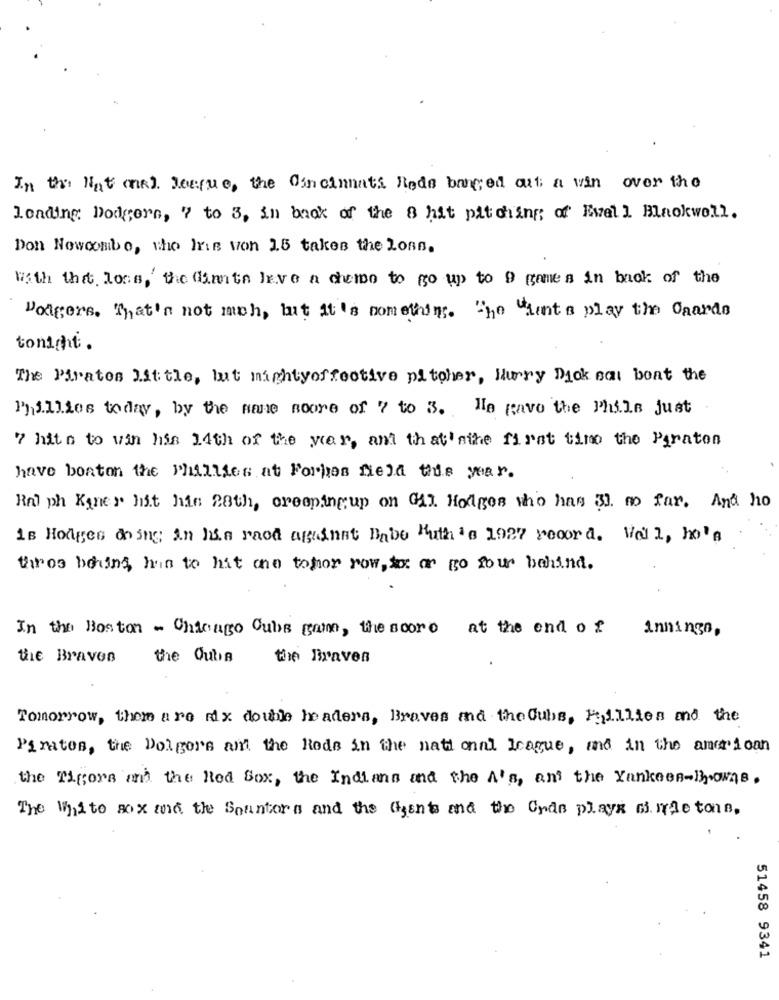
In the Hat mal. Jeeque, the Cincinnati Reds banged out a win over the
Lending Dodgers, 7 to 3, in back of the 8 hit pitching; of Ewell Blackwell.
Don Nowcombo, who his von 15 takes the Loss.
With the loss, the dimte leve a demo to go up to 9 games in back of the
Volgers. That's not mah, but it's something. The "Ments play the Gaards
tonight.
The Pirates little, but mightyeffective pitcher, Hurry Dick sat boat the
Phillies today, by the name score of 7 to 3. Ha navo the Phils just
7 hits to win his 14th of the year, and that'sthe first time the Paraton
have bonton the Phillies at Forhos field this year.
Ralph Kaner hit his 28th, creepingup on Gil. Hodges who has 33 m far. And ho
is Hodges doing in his raod against Babe Ruth 's 1927 record. Well, he's
three bons, his to hit one tomor row, kor or to four behind.
In the Boston - Chicago Cubs gam, the score at the end of
inningn,
the Braven
the Ouba
the Braven
Tomorrow, them are mix double headers, Braves and the Cubs, Fiillies and the
Pirates, the Dolgors and the Reds in the national league, and in the american
the rigors and the Red Sox, the Indians and the A's, and the Yankees-Browns.
The White sox and the Spuntora and the Agents and the Gyde playx minde tona,
51458 9341